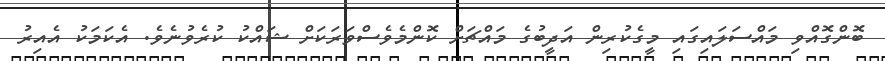
ބޮންގޮއްވި މައްސަލައިގައި މީގެކުރިން އަދީބުގެ މައްޗަށް ކޮންމެވެސްވަރަކަށް ޝައްކު ކުރެވުނެވެ. އެކަމަކު އެއިރު